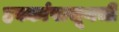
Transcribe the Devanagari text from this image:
हक्कांपासूनची